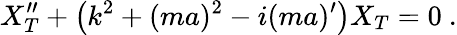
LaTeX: X_{T}^{\prime\prime}+\left(k^{2}+(ma)^{2}-i(ma)^{\prime}\right)X_{T}=0\ .